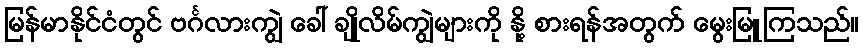
မြန်မာနိုင်ငံတွင် ဗင်္ဂလားကျွဲ ခေါ် ချိုလိမ်ကျွဲများကို နို့ စားရန်အတွက် မွေးမြူကြသည်။